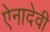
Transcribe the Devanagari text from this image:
ऐनादेवी